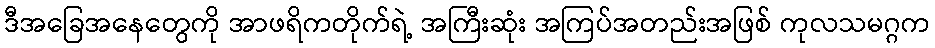
ဒီအခြေအနေတွေကို အာဖရိကတိုက်ရဲ့ အကြီးဆုံး အကြပ်အတည်းအဖြစ် ကုလသမဂ္ဂက